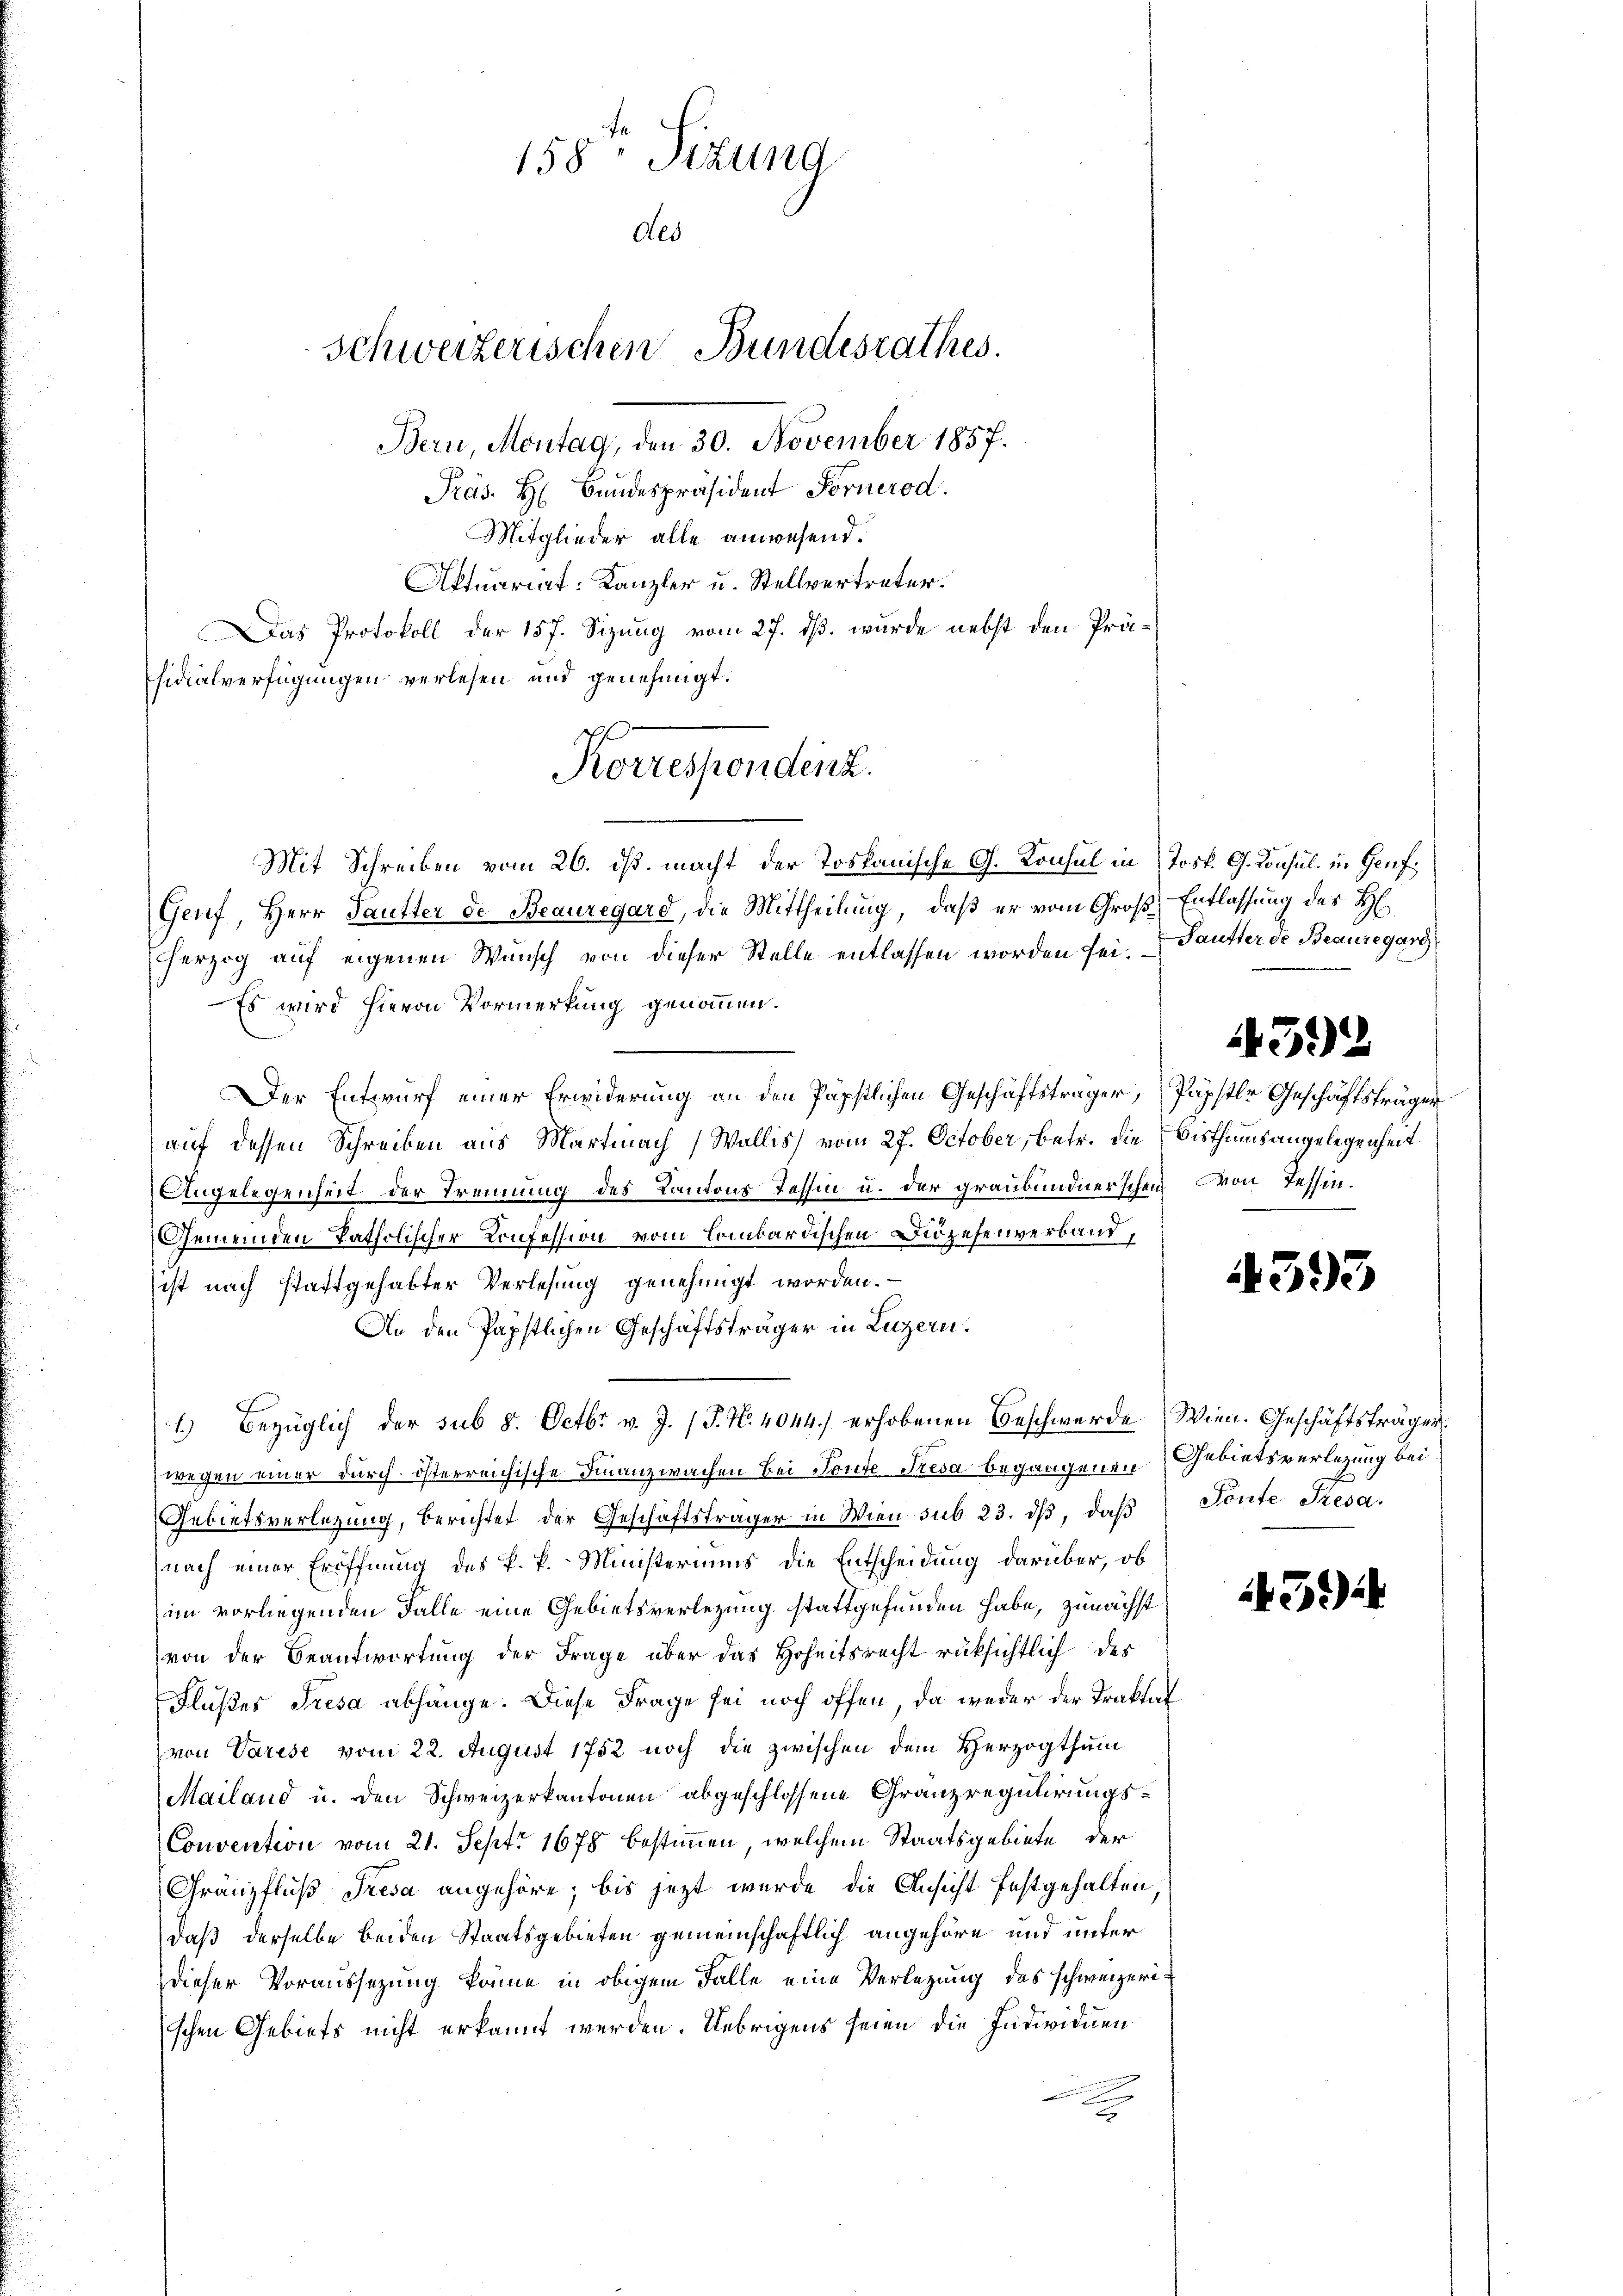
158 Sizung
Aes
Schweizerischen Bundesrathes.
Bern, Montag, den 30. November 1857.

Präs. H. Bundespräsident Fornerod.
Mitglieder alle anwesend.
Aktuariat Kanzler u. Stellvertreter.
Das Protokoll der 157. Sizung vom 27. dß. wurde nebst den Präsidialverfügungen verlesen und genehmigt.
Mit Schreiben vom 26. ds. macht der Toskanische G. Konsul in Josk. G. Konsul in Genf,
Genf, Herr Pautter de Beauregard, die Mittheilung, daß er vom Großherzog auf eigenen Wunsch von dieser Stelle entlassen worden sei.
Es wird hievon Vormerkung genommen.
Der Entwurf einer Erwiderung an den Papstlichen Geschäftsträger, Papstle Geschäftsträger
auf dessen Schreiben aus Martinach (Wallis) vom 27. October, betr. die
Angelegenheit der Trennung des Kantons Tessin u. der graubündnerschen von Tessin¬
Gemeinden Patholischer Konfession vom lombardischen Deszesenverband,
ist nach stattgehabter Verlesung genehmigt worden.
An den Papstlichen Geschäftsträger in Luzern.
1.) Bezüglich der sub 8. Octbr. v. J. J. No. 4044.) erhobenen Beschwerde
wegen einer durch österreichische Finanzwachen Bei Toute Tresa begangenen
Gebietsverlegung, berichtet der Geschäftsträger in Wien sub 23. ds, daß
nach einer Eröffnung des P. P. Ministeriums die Entscheidung darüber, ob
im vorliegenden Falle eine Gebietsverlegung stattgefunden habe, zunächst
von der Beantwortung der Frage über das Hoheitsrecht rüksichtlich des
Flußes Tresa abhänge. Diese Frage sei noch offen, da weder der Traktat
von Varese vom 22. August 1752 noch die zwischen dem Herzogthum
Mailand u. den Schweizerkantonen abgeschlossene Granz regulirungs¬
(Convention vom 21. Sept. 1678 bestimmen, welchem Staatsgebiete, der
Granzfluß Tresa angehöre; bis jezt wurde die Ansicht festgehalten
daß derselbe beiden Staatsgebieten gemeinschaftlich angehöre und unter
dieser Voraussetzung könne in obigem Falle eine Verlegung des schweizerischen Gebiets nicht erkannt werden. Uebrigens seien die Individuen
.

Korresponding.

Entlassung des H
Pautter de Beauregard

Bisthums angelegenheit.

432

4593

Wien. Geschäftsträgen.
Gebietsverlegung bei.
Tonte Tresa.

51)